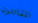
المقاتلون